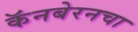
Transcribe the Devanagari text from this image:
कॅनबेरनचा